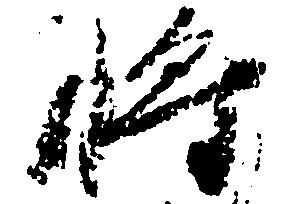
将